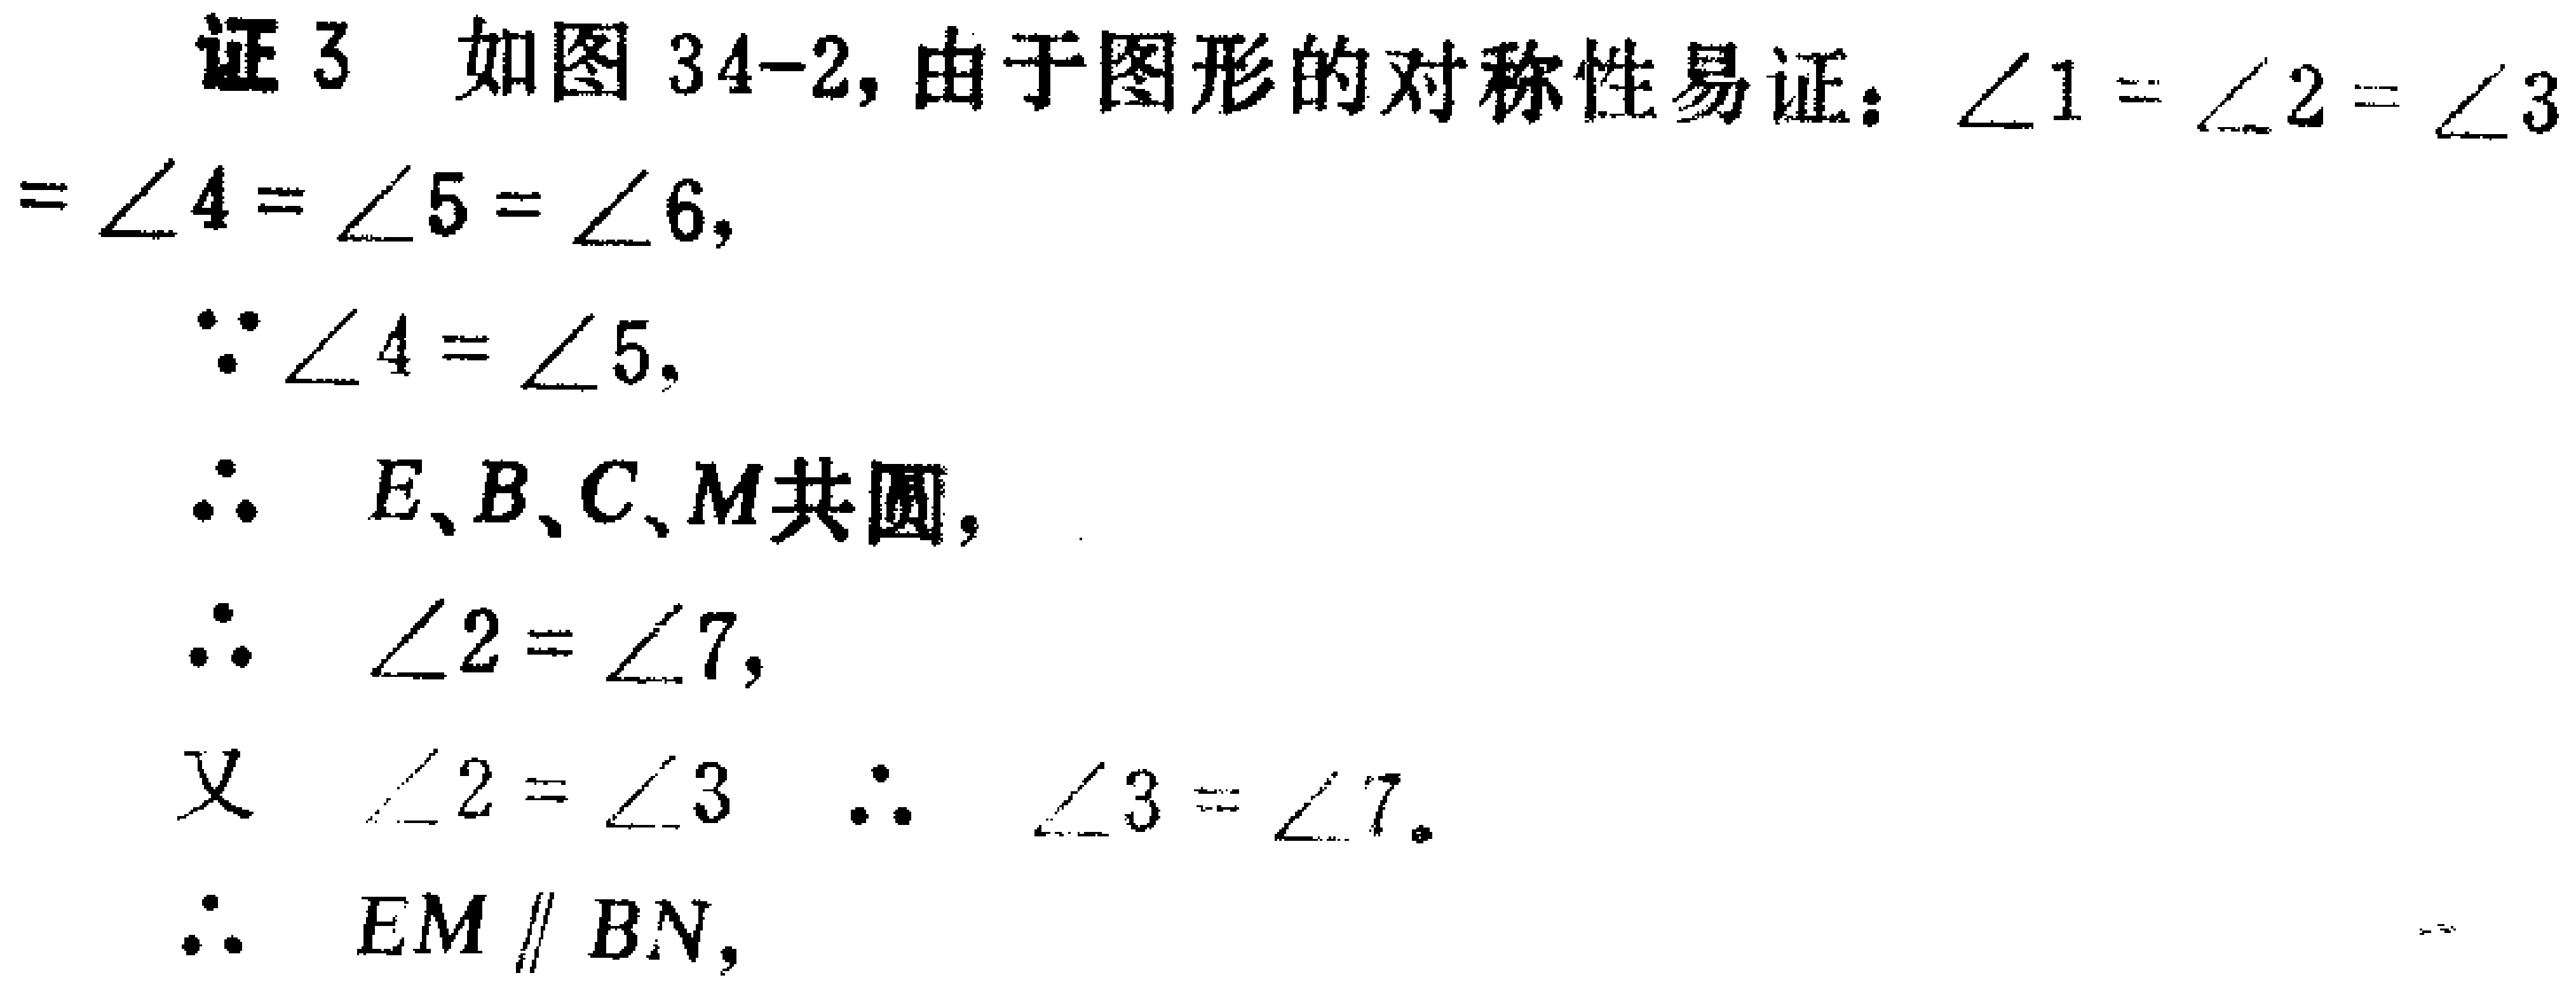
证3 如图34-2, 由于图形的对称性易证：\(\angle1 = \angle2=\angle3=\angle4=\angle5=\angle6\)，

\(\because\angle4 = \angle5\)，

\(\therefore E、B、C、M\)共圆，

\(\therefore\angle2 = \angle7\)，

又 \(\angle2 = \angle3\) \(\therefore\angle3 = \angle7\)。

\(\therefore EM\parallel BN\)，